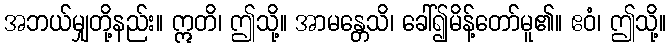
အဘယ်မျှတို့နည်း။ ဣတိ၊ ဤသို့။ အာမန္တေသိ၊ ခေါ်၍မိန့်တော်မူ၏။ ဧဝံ၊ ဤသို့။